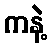
ကနဲ့